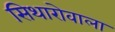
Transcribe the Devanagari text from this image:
सिथारोवाला